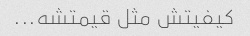
کیفیتش مثل قیمتشه...